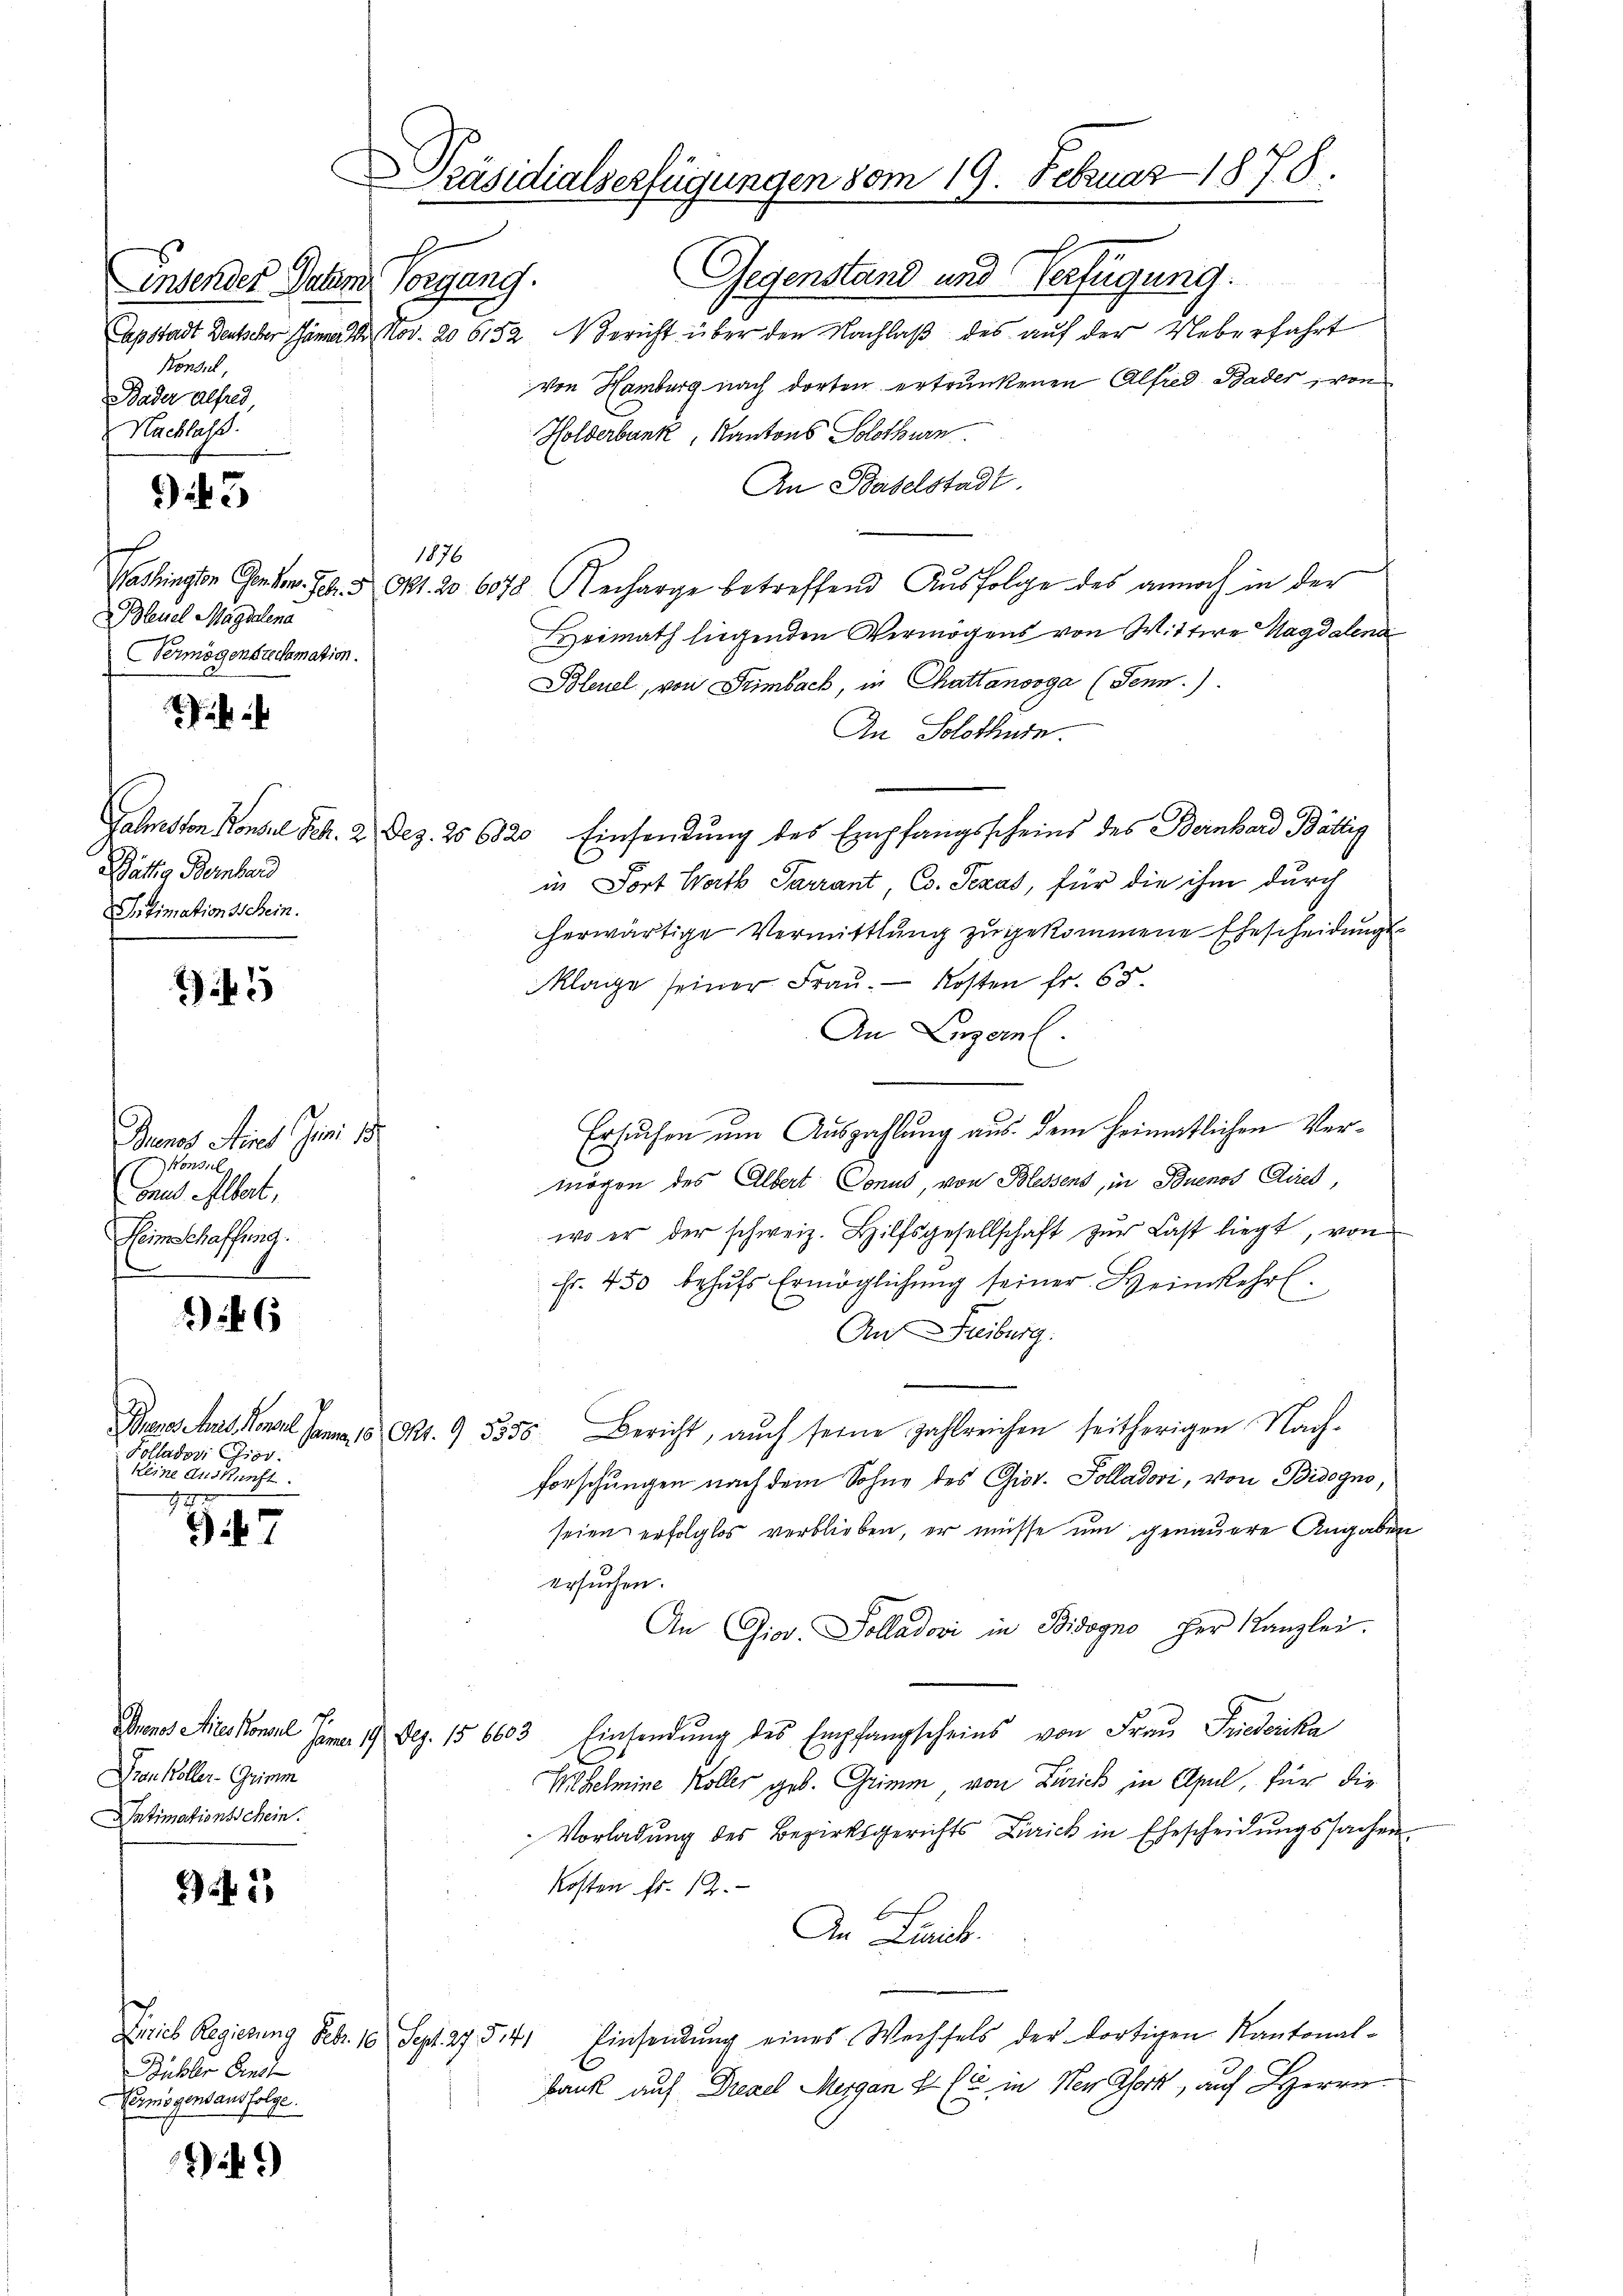
insender Datum Vorgang.
Konsul,
Bader Alfred,
Nachlass
) 3
1876
Bleuel Magdalena
Vermögensreclamation.

Bättig Bernhard
Sitimationsschein.

7f 5

Dunes Aires Juni d.
Konsul
Conas Albert,
Heim Schaffung.

66

Polladovi Gior.
Keine Auskunft.

77
7

Frenkoller. Grimm
Intimationsschein.

2

Ferieb Regierung Febr. 16. Sept 27. 541
Bühler Finst
Vermögensausfolge.

49

Präsidialverfügungen vom 19. Februar 1870.
E
Gegenstand und Verfügung.
Capstadt Denker Jänner 1. Nov. 206152, Bericht über den Nachlaß des auf der Ueberfahrt

von Hamburg nach dorten ertrunkenen Alfred Bader, von
Holderbank, Kantons Solothurn.
An Baselstadt.
Washingten Gehen. Joh. 3. Okt. 20. 6078 Recharge betreffend Ausfolge des annoch in der
Heimath liegenden Vermögens von Wittwe Magdalena
Bleuel, von Primbach, in Chattanooga (Jenn.)
An Solothurn.
Gelasten Konsul Sch. 2. Dez. 206820 Einsendung des Empfangsscheins des Bernhard Bättig
in Fort Wath Parrant, Co. Pezas, für die ihm durch
herwärtige Vermittlung zŭ gekommene Ehescheidungs¬
Klage seiner Frau. — Kosten fr. 68
An Luzern.
Ersuchen um Auszahlung aus dem heimatlichen Vermögen des Albert Conus, von Blessens, in Buenos Aires
wo er der schweiz. Hilfsgesellschaft zŭr Last liegt, von
Fr. 450 behŭfs Ermöglichung seiner Heimkehrt.
An Freiburg.
Frenschus Karl Jona, 16. Okt. 95550. Bericht, auch seine Zahlreichen seitherigen Nach-
forschungen nach dem Sohne des Giot. Polladovi, von Bidogno,
seien erfolglos verblieben, er müsse um genauere Angaben
ersuchen.
An Gior. Solladovi in Bisogno der Kanzlei.
Genos Aireskonsul Jan. 19 Dez. 156603 Einsendung des Empfangscheins von Frau Friedika
HHelmine Koller geb. Grimm, von Zürich in Apul, für die
Vorladung des Bezirksgerichts Zürich in Ehescheidŭngssachen.
Kosten fr. 12.
An Linie.
Einsendung eines Wechsels der dortigen Kantonal¬
Bank auf Dreael Mergan 41 (6, in Neuork, auf Herrn